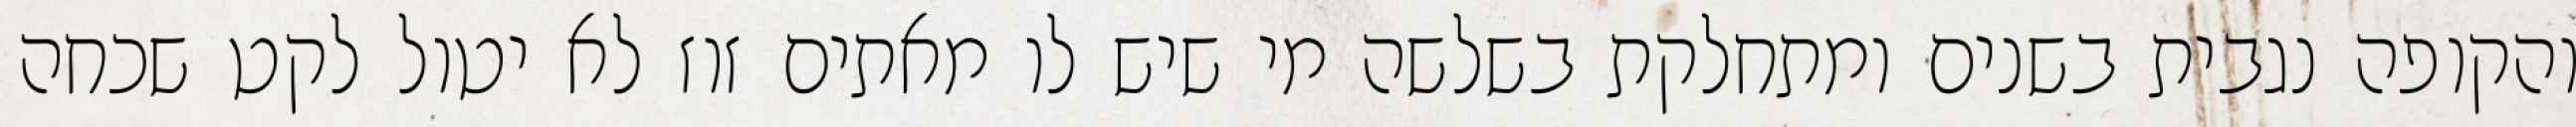
והקופה נגבית בשנים ומתחלקת בשלשה מי שיש לו מאתים זוז לא יטול לקט שכחה